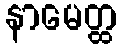
နာမေတ္ထ